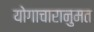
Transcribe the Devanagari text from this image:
योगाचारानुमत